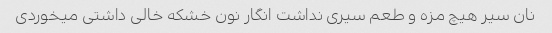
نان سیر هیچ مزه و طعم سیری نداشت انگار نون خشکه خالی داشتی میخوردی